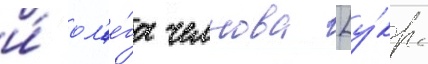
и́ ол'е́га челнова [у́кр.